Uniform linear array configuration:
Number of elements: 32
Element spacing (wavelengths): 1
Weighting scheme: hamming
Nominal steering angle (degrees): -15
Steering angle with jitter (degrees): -14.831
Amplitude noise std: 0.05
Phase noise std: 0.05

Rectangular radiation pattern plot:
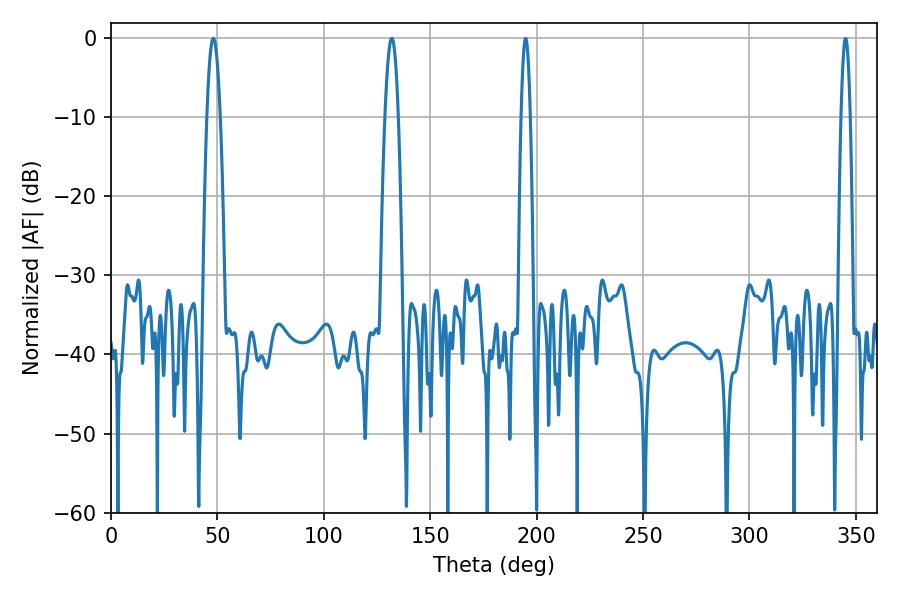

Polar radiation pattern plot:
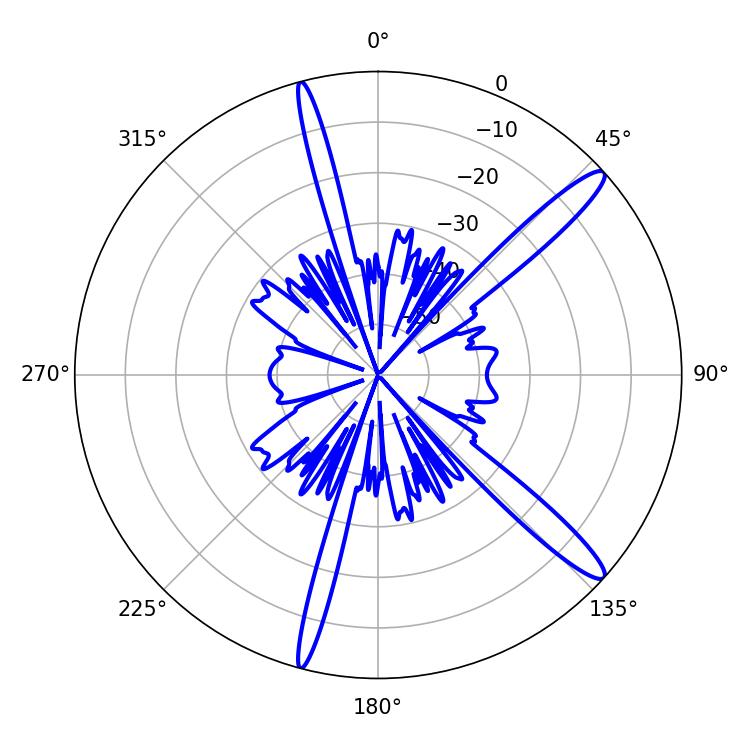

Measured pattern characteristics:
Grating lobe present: TRUE
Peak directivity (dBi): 14.301
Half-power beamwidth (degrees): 3.42
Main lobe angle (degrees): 48.06